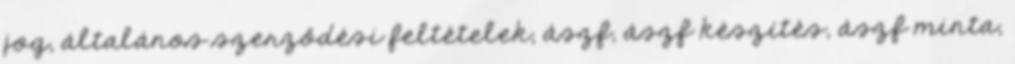
jog, általános szerződési feltételek, ászf, ászf készítés, ászf minta,